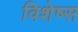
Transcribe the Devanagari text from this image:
विशेष्स